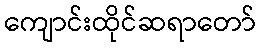
ကျောင်းထိုင်ဆရာတော်